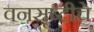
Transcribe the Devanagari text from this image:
वनसृष्टीचे